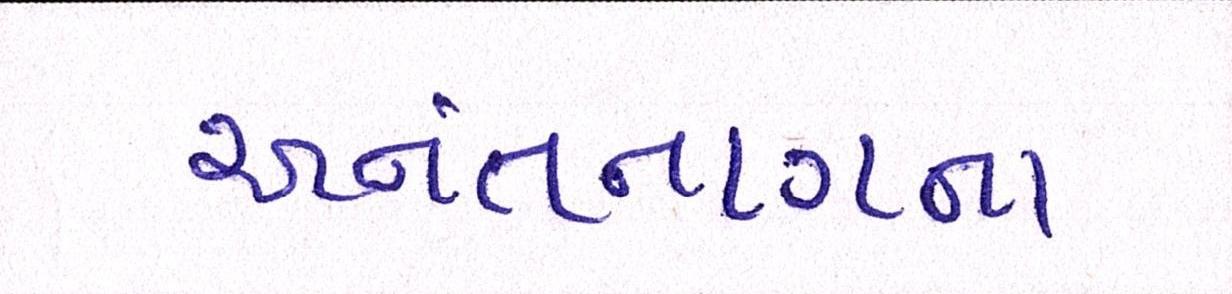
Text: અનંતનાગના